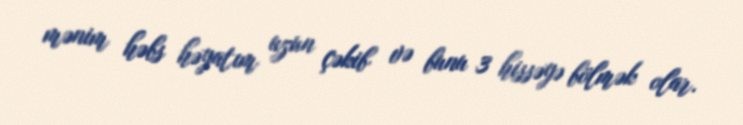
mənim həbs həyatım uzun çəkib və bunu 3 hissəyə bölmək olar.